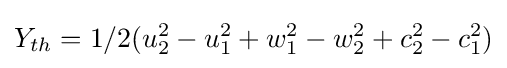
Y_{th}=1/2(u_{2}^{2}-u_{1}^{2}+w_{1}^{2}-w_{2}^{2}+c_{2}^{2}-c_{1}^{2})